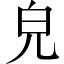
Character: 皃